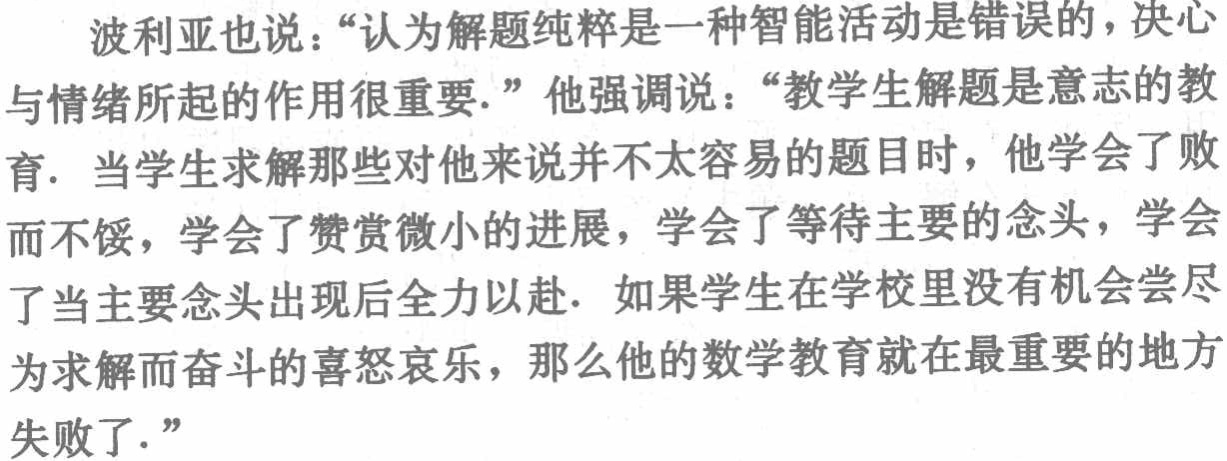
波利亚也说：“认为解题纯粹是一种智能活动是错误的，决心与情绪所起的作用很重要.” 他强调说：“教学生解题是意志的教育. 当学生求解那些对他来说并不太容易的题目时，他学会了败而不馁，学会了赞赏微小的进展，学会了等待主要的念头，学会了当主要念头出现后全力以赴. 如果学生在学校里没有机会尝尽为求解而奋斗的喜怒哀乐，那么他的数学教育就在最重要的地方失败了.”